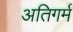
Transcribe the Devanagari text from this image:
अतिगर्म